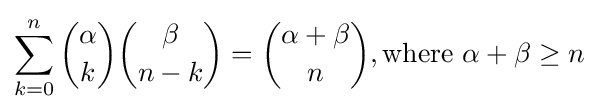
\sum _{k=0}^{n}{\alpha  \choose k}{\beta  \choose n-k}={\alpha +\beta  \choose n},{\text{where}}\ \alpha +\beta \geq n